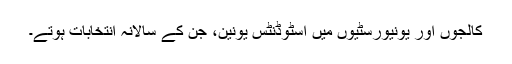
کالجوں اور یونیورسٹیوں میں اسٹوڈنٹس یونین، جن کے سالانہ انتخابات ہوتے۔